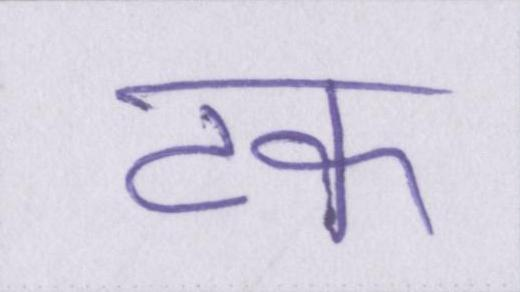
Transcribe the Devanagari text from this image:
टक